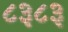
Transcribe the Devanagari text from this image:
८३८३